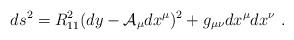
LaTeX: \begin{align*}ds^2 = R_{11}^2 (dy - \mathcal{A}_\mu dx^\mu)^2 + g_{\mu\nu} dx^{\mu} dx^{\nu} \ .\end{align*}